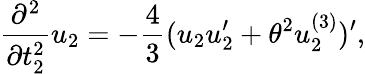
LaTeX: \frac{\partial^{2}}{\partial t_{2}^{2}}u_{2}=-\frac{4}{3}(u_{2}u_{2}^{\prime}+{\theta}^{2}u_{2}^{(3)})^{\prime},